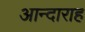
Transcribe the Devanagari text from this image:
आन्दाराह